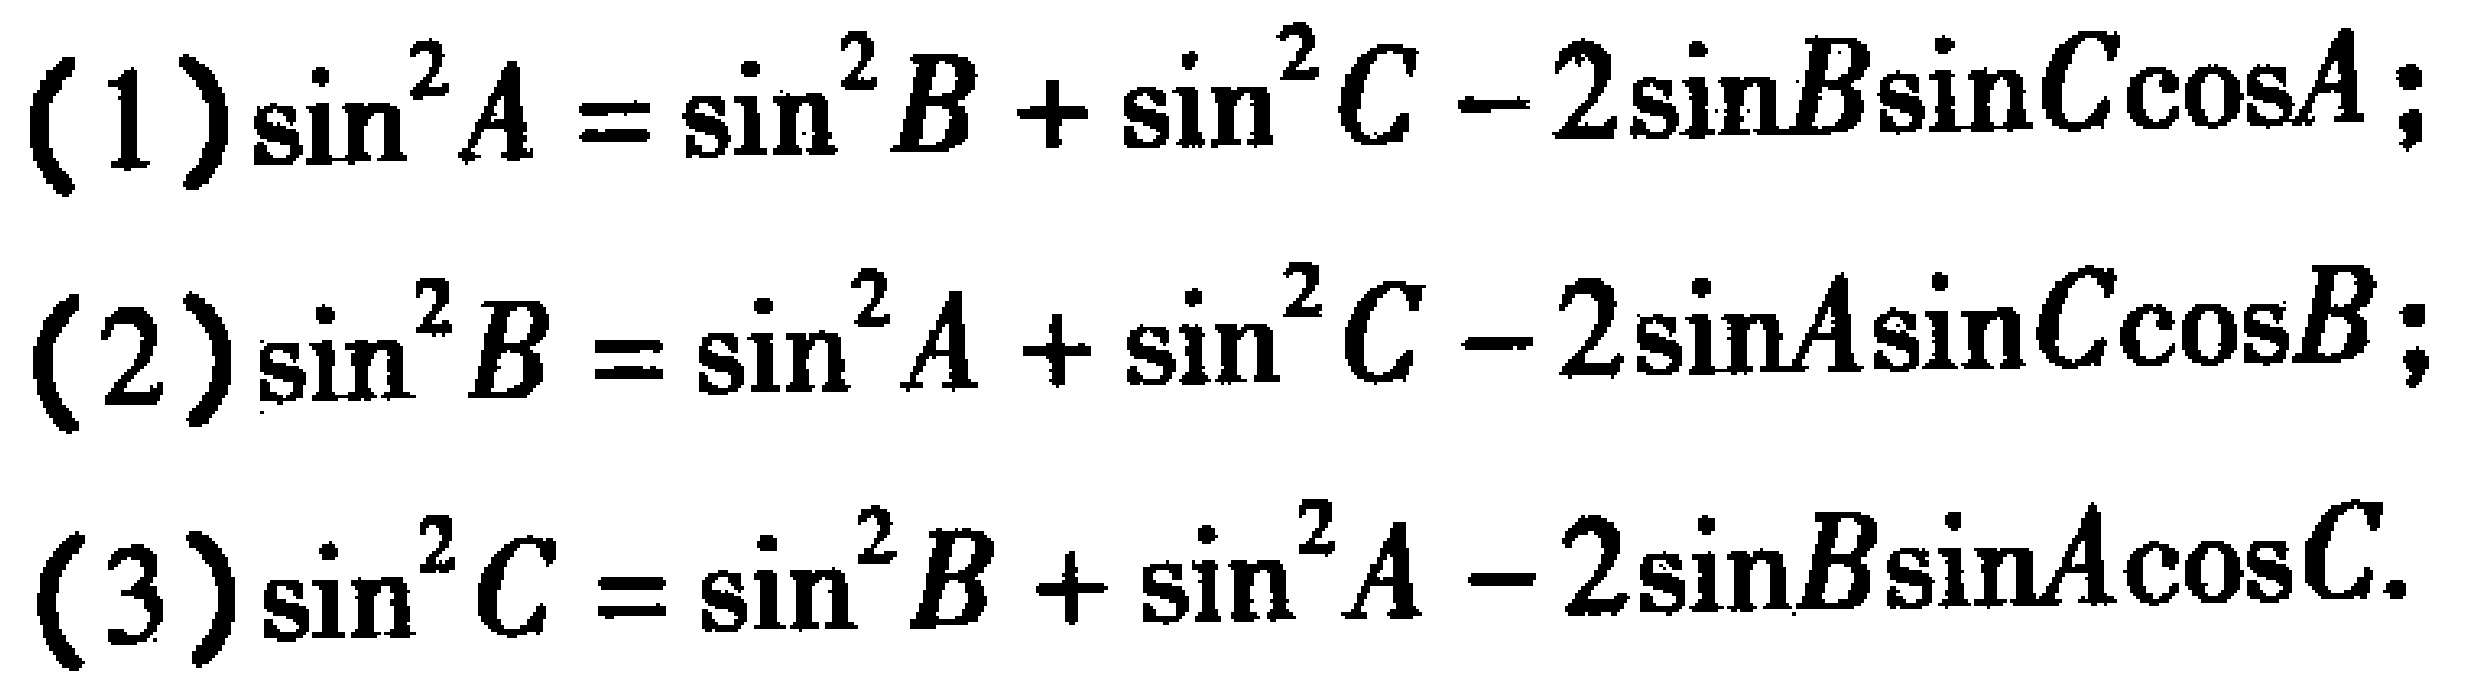
(1)$\sin^{2}A = \sin^{2}B+\sin^{2}C - 2\sin B\sin C\cos A$;
(2)$\sin^{2}B = \sin^{2}A+\sin^{2}C - 2\sin A\sin C\cos B$;
(3)$\sin^{2}C = \sin^{2}B+\sin^{2}A - 2\sin B\sin A\cos C$.